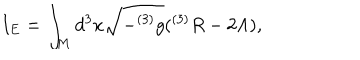
LaTeX: I _ { E } = \int _ { M } d ^ { 3 } x \sqrt { - ^ { ( 3 ) } g } ( ^ { ( 3 ) } R - 2 \Lambda ) ,